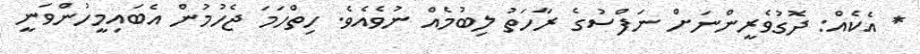
* އެކެއް: ދޮގުވެރީންނަށް ނަފްސުގެ ރާހަތު ލިބުމެއް ނުވެއެވެ. ހިތްހަމަ ޖެހުމުން އެބައިމީހުންވަނީ